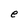
Character: e